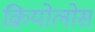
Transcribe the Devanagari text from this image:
क्रियोलोस